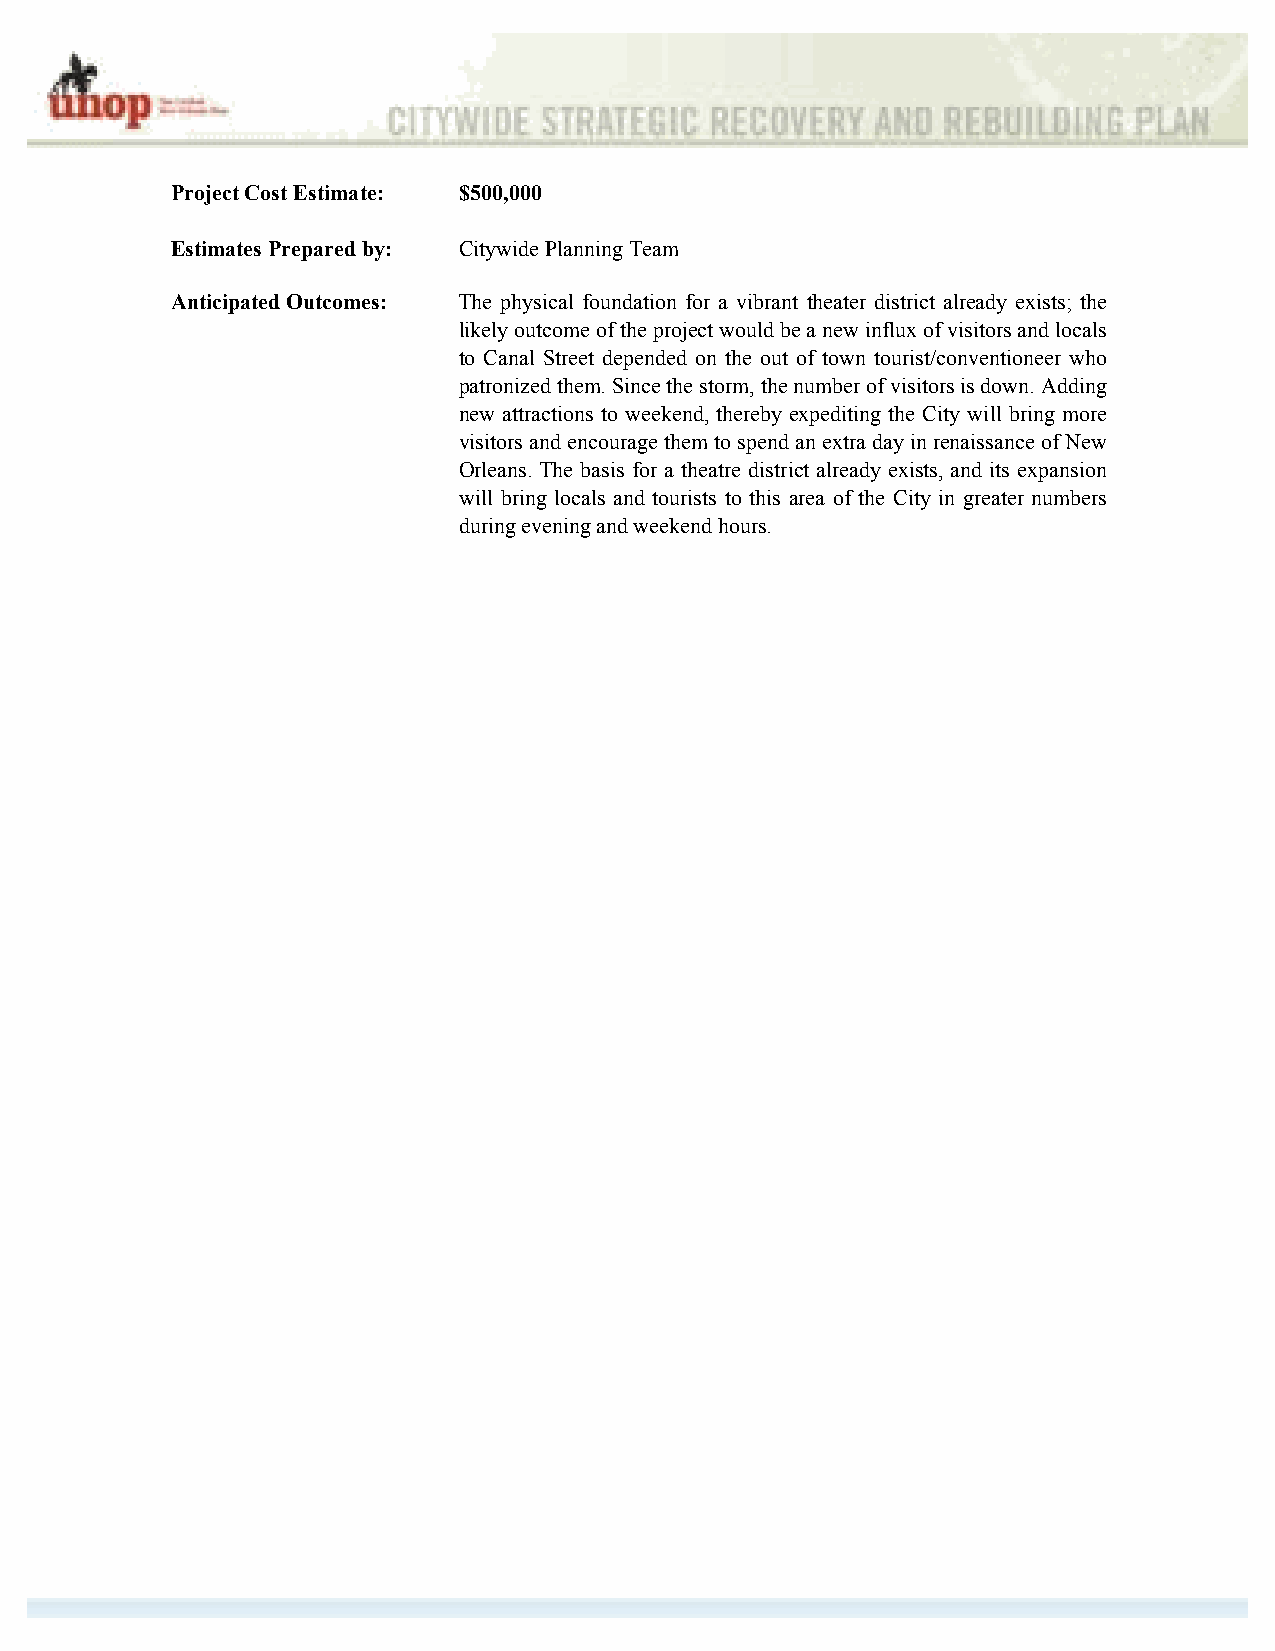
Project Cost Estimate: $500,000
 Estimates Prepared by: Citywide Planning Team
 Anticipated Outcomes: The physical foundation for a vibrant theater district already exists; the
 likely outcome of the project would be a new influx of visitors and locals
 to Canal Street depended on the out of town tourist/conventioneer who
 patronized them. Since the storm, the number of visitors is down. Adding
 new attractions to weekend, thereby expediting the City will bring more
 visitors and encourage them to spend an extra day in renaissance of New
 Orleans. The basis for a theatre district already exists, and its expansion
 will bring locals and tourists to this area of the City in greater numbers
 during evening and weekend hours.